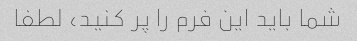
شما باید این فرم را پر کنید، لطفا